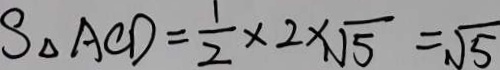
S _ { \Delta } A C D = \frac { 1 } { 2 } \times 2 \times \sqrt { 5 } = \sqrt { 5 }